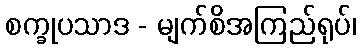
စက္ခုပသာဒ - မျက်စိအကြည်ရုပ်၊